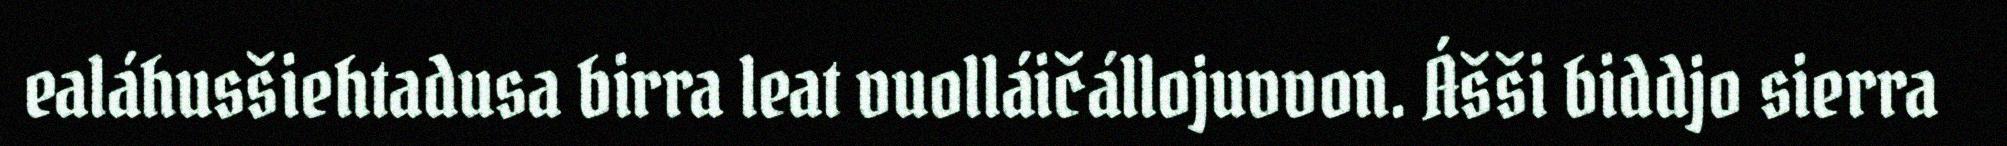
ealáhusšiehtadusa birra leat vuolláičállojuvvon. Ášši biddjo sierra